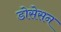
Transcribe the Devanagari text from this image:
डोसेसन